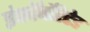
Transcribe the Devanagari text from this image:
इंकॉर्पोरेटेड